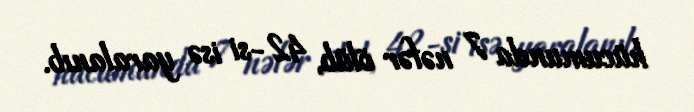
hücumunda 7 nəfər ölüb, 42-si isə yaralanıb.